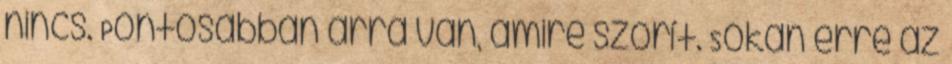
nincs. Pontosabban arra van, amire szorít. Sokan erre az